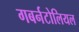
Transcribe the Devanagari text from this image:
गबर्नटोलियल